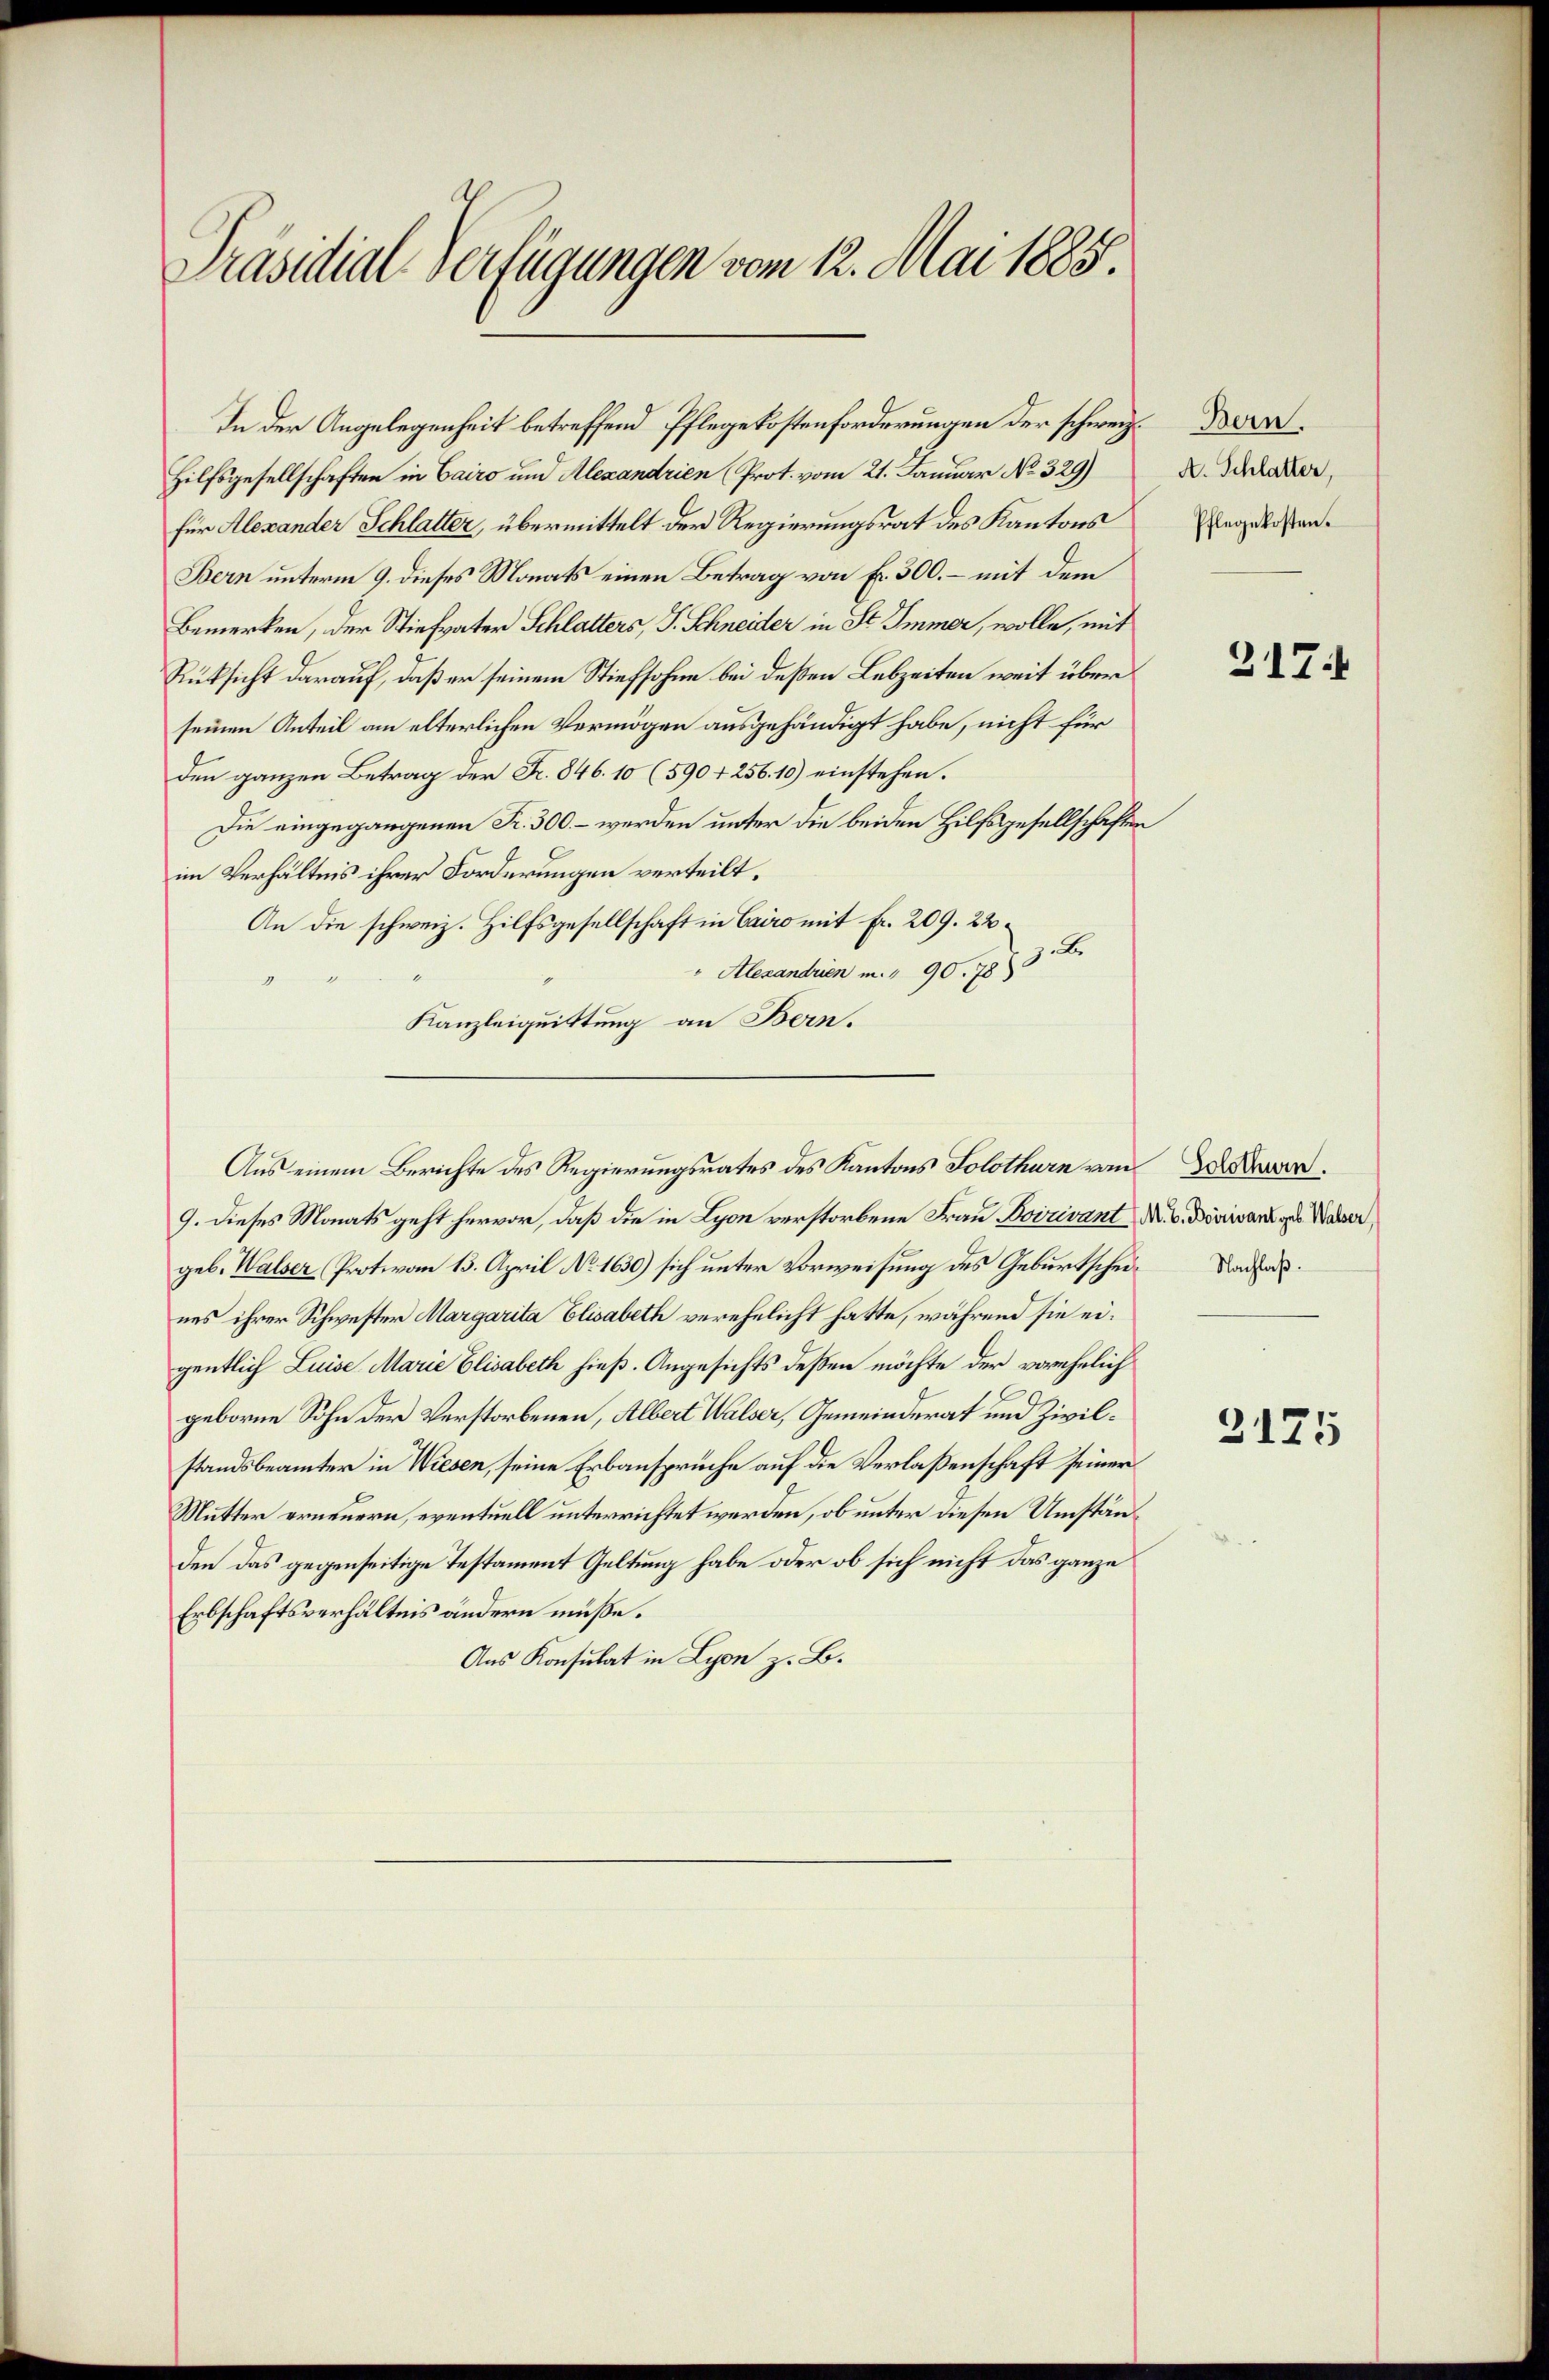
Präsidial-Verfügungen vom 12. Mai 1885.

In der Angelegenheit betreffend Pflegekostenforderungen der schweiz.
Hilfsgesellschaften in Cairo und Alexandrien (Prot. vom 21. Januar No. 329)
für Alexander Schlatter, übermittelt der Regierungsrat des Kantons
Bern unterm 9. dieses Monats einen Betrag von Fr. 300. – mit dem
Bemerken, der Stiefvater Schlatters, S. Schneider in St. Immer, wolle, mit
Rüksicht darauf, daß er seinem Stiefsohne bei deßen Lebzeiten weit über
seinen Anteil am elterlichen Vermögen ausgehändigt habe, nicht für
den ganzen Betrag der Fr. 846. 10 (590 + 256. 10) einstehen.
Die eingegangenen Fr. 300. – werden unter die beiden Hilfsgesellschaften
im Verhältnis ihrer Forderungen verteilt,
An die schweiz. Hilfsgesellschaft in Cairo mit Fr. 209. 22.
zube
Alexandrien m. " 90. 78)
Kanzleiquittung an Bern.
Aus einem Berichte des Regierungsrates des Kantons Solothurn von Dar¬
9. Dieses Monats geht hervor, daß die in Lyon verstorbene Frau Boizivant M. Dranges Waser,
geb. Walser Protovon 13. April No 1630) sich unter Vorweisung des Geburtschei-
nes ihrer Schwester Margarita Elisabeth verehelicht hatte, während sie eigentlich Luise Marie Elisabeth hieß. Angesichts deßen möchte der vorehelich
geborne Sohn der Verstorbenen, Albert Walser, Gemeinderat und Zivilstandsbeamter in Wiesen, seine Erbansprüche auf die Verlassenschaft seiner
Mutter erneuern, eventuell unterrichtet werden, ob unter diesen Umständen das gegenseitige Testament Geltung habe oder ob sich nicht das ganze
Erbschaftsverhältnis ändern müße.
Aus Konsulat in Lyon z. B.

Bern.
A. Schlatter,
Pflegekosten.

317.

2125